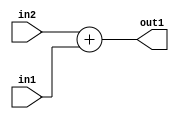
`timescale 1ps / 1ps
/*****************************************************************************
    Verilog RTL Description
    
    
    Created by: Stratus DpOpt 2019.1.01 
*******************************************************************************/

module DC_Filter_Add_8Ux2U_9U_1 (
	in2,
	in1,
	out1
	); /* architecture "behavioural" */ 
input [7:0] in2;
input [1:0] in1;
output [8:0] out1;
wire [8:0] asc001;

assign asc001 = 
	+(in2)
	+(in1);

assign out1 = asc001;
endmodule

/* CADENCE  urn0Tgg= : u9/ySgnWtBlWxVPRXgAZ4Og= ** DO NOT EDIT THIS LINE ******/